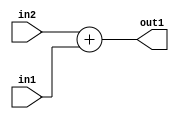
`timescale 1ps / 1ps
/*****************************************************************************
    Verilog RTL Description
    
    
    Created by: Stratus DpOpt 2019.1.01 
*******************************************************************************/

module DC_Filter_Add_8Ux2U_9U_1 (
	in2,
	in1,
	out1
	); /* architecture "behavioural" */ 
input [7:0] in2;
input [1:0] in1;
output [8:0] out1;
wire [8:0] asc001;

assign asc001 = 
	+(in2)
	+(in1);

assign out1 = asc001;
endmodule

/* CADENCE  urn0Tgg= : u9/ySgnWtBlWxVPRXgAZ4Og= ** DO NOT EDIT THIS LINE ******/